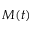
M ( t )